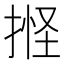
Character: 𢯑